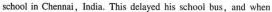
shool in Chennai,lndia, This delayed his school bus,and when